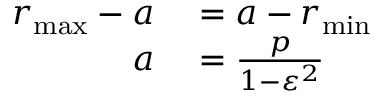
\begin{array} { r l } { r _ { \operatorname* { m a x } } - a } & { { } = a - r _ { \operatorname* { m i n } } } \\ { a } & { { } = { \frac { p } { 1 - \varepsilon ^ { 2 } } } } \end{array}